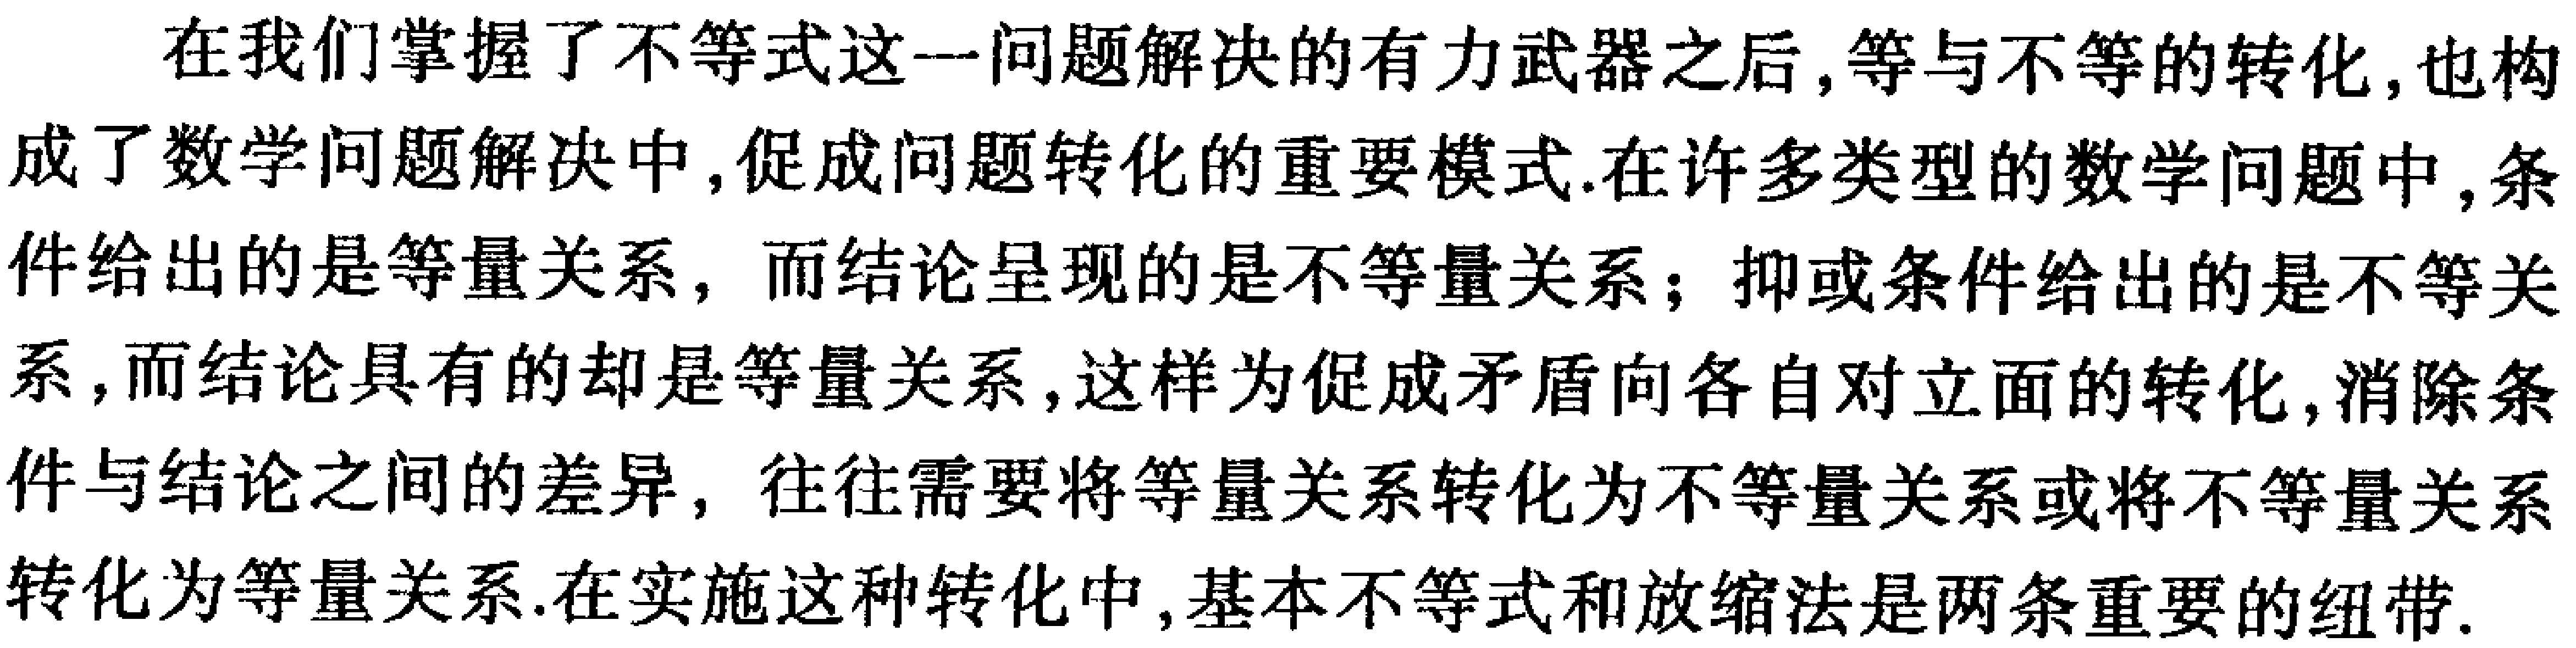
在我们掌握了不等式这一问题解决的有力武器之后,等与不等的转化,也构成了数学问题解决中,促成问题转化的重要模式.在许多类型的数学问题中,条件给出的是等量关系，而结论呈现的是不等量关系；抑或条件给出的是不等关系,而结论具有的却是等量关系,这样为促成矛盾向各自对立面的转化,消除条件与结论之间的差异，往往需要将等量关系转化为不等量关系或将不等量关系转化为等量关系.在实施这种转化中,基本不等式和放缩法是两条重要的纽带.